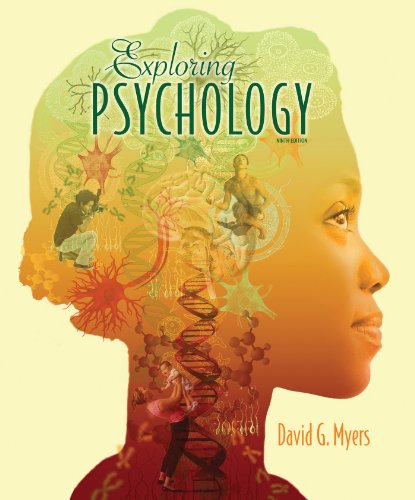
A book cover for Exploring Psychology, 9th Edition; David G. Myers; Medical Books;